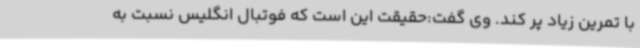
با تمرین زیاد پر کند. وی گفت:حقیقت این است که فوتبال انگلیس نسبت به